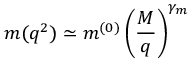
m ( q ^ { 2 } ) \simeq m ^ { ( 0 ) } \left( \frac { M } { q } \right) ^ { \gamma _ { m } }